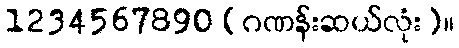
1234567890 (ဂဏန်းဆယ်လုံး)။